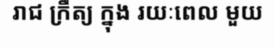
រាជ ក្រឹត្យ ក្នុង រយៈពេល មួយ